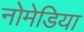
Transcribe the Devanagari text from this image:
नोमेडिया